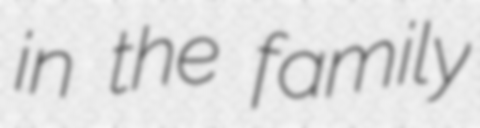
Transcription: in the family